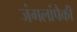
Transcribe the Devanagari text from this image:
जंगलांपैकी